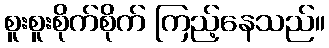
စူးစူးစိုက်စိုက် ကြည့်နေသည်။